Scientific memoirs by medical officers of the Army of India - Part V,
Year: 1890
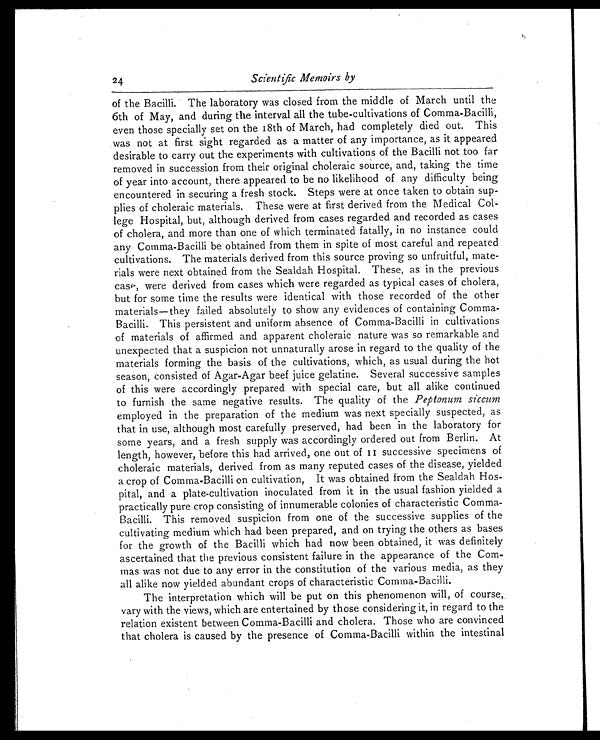
24
Scientific Memoirs by
of the Bacilli. The laboratory was closed from the middle of March until the
6th of May, and during the interval all the tube-cultivations of Comma-Bacilli,
even those specially set on the 18th of March, had completely died out. This
was not at first sight regarded as a matter of any importance, as it appeared
desirable to carry out the experiments with cultivations of the Bacilli not too far
removed in succession from their original choleraic source, and, taking the time
of year into account, there appeared to be no likelihood of any difficulty being
encountered in securing a fresh stock. Steps were at once taken to obtain sup
-plies of choleraic materials. These were at first derived from the Medical Col
-lege Hospital, but, although derived from cases regarded and recorded as cases
of cholera, and more than one of which terminated fatally, in no instance could
any Comma-Bacilli be obtained from them in spite of most careful and repeated
cultivations. The materials derived from this source proving so unfruitful, mate
-rials were next obtained from the Sealdah Hospital. These, as in the previous
case, were derived from cases which were regarded as typical cases of cholera,
but for some time the results were identical with those recorded of the other
materials—they failed absolutely to show any evidences of containing Comma
-Bacilli. This persistent and uniform absence of Comma-Bacilli in cultivations
of materials of affirmed and apparent choleraic nature was so remarkable and
unexpected that a suspicion not unnaturally arose in regard to the quality of the
materials forming the basis of the cultivations, which, as usual during the hot
season, consisted of Agar-Agar beef juice gelatine. Several successive samples
of this were accordingly prepared with special care, but all alike continued
to furnish the same negative results. The quality of the Peptonum siccum
employed in the preparation of the medium was next specially suspected, as
that in use, although most carefully preserved, had been in the laboratory for
some years, and a fresh supply was accordingly ordered out from Berlin. At
length, however, before this had arrived, one out of 11 successive specimens of
choleraic materials, derived from as many reputed cases of the disease, yielded
a crop of Comma-Bacilli on cultivation, It was obtained from the Sealdah Hos
-pital, and a plate-cultivation inoculated from it in the usual fashion yielded a
practically pure crop consisting of innumerable colonies of characteristic Comma
-Bacilli. This removed suspicion from one of the successive supplies of the
cultivating medium which had been prepared, and on trying the others as bases
for the growth of the Bacilli which had now been obtained, it was definitely
ascertained that the previous consistent failure in the appearance of the Com
-mas was not due to any error in the constitution of the various media, as they
all alike now yielded abundant crops of characteristic Comma-Bacilli.
The interpretation which will be put on this phenomenon will, of course,
vary with the views, which are entertained by those considering it, in regard to the
relation existent between Comma-Bacilli and cholera. Those who are convinced
that cholera is caused by the presence of Comma-Bacilli within the intestinal